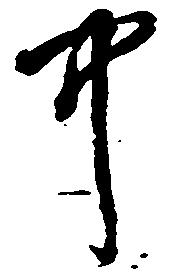
中